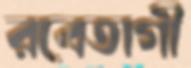
রবেতাগী